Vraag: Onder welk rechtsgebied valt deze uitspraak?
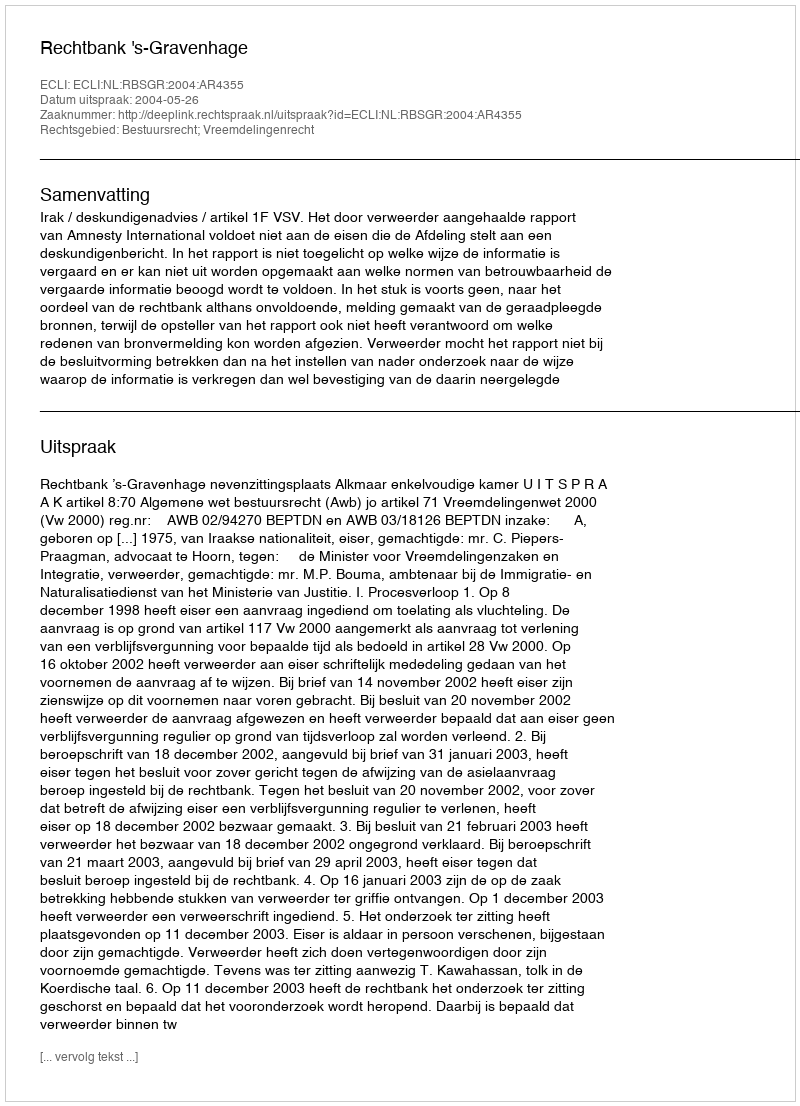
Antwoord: Bestuursrecht; Vreemdelingenrecht